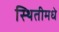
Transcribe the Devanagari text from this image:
स्थितीमधे